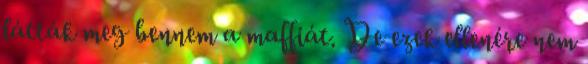
látták meg bennem a maffiát. De ezek ellenére nem